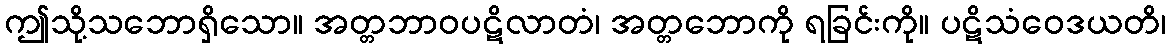
ဤသို့သဘောရှိသော။ အတ္တဘာဝပဋိလာတံ၊ အတ္တဘောကို ရခြင်းကို။ ပဋိသံဝေဒယတိ၊